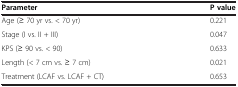
| Parameter | P value |
 | --- | --- |
 | Age (≥ 70 yr vs. < 70 yr) | 0.221 |
 | Stage (I vs. II + III) | 0.047 |
 | KPS (≥ 90 vs. < 90) | 0.633 |
 | Length (< 7 cm vs. ≥ 7 cm) | 0.021 |
 | Treatment (LCAF vs. LCAF + CT) | 0.653 |